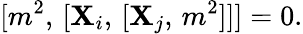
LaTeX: {\lbrack{m^{2}},\, \lbrack{\mathbf{X}_{i}},\, \lbrack{\mathbf{X}_{j}},\, {m^{2}}\rbrack\rbrack\rbrack}=0.